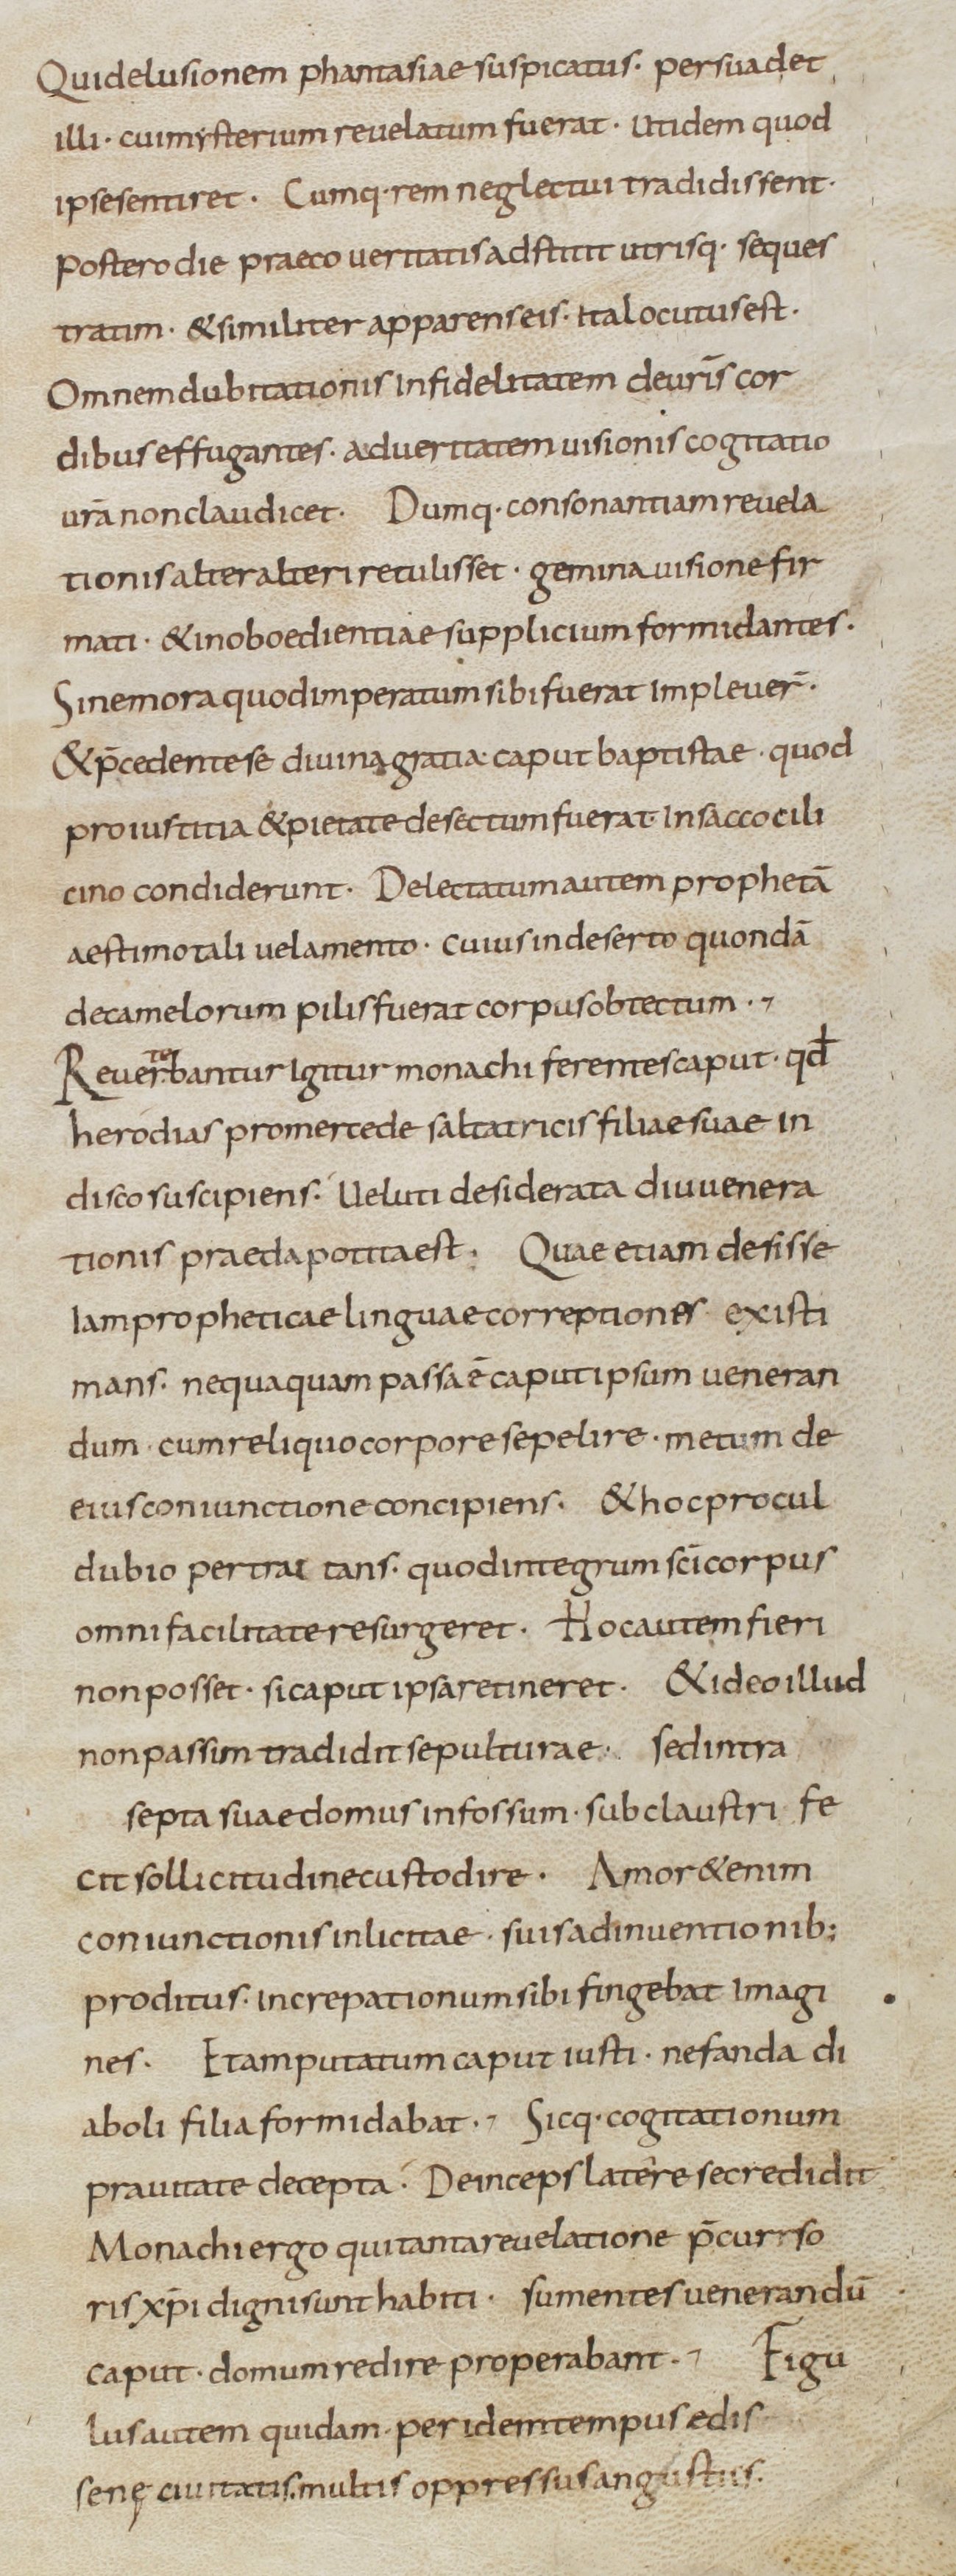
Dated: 800–899